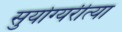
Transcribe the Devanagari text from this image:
सुयोग्यरीत्या